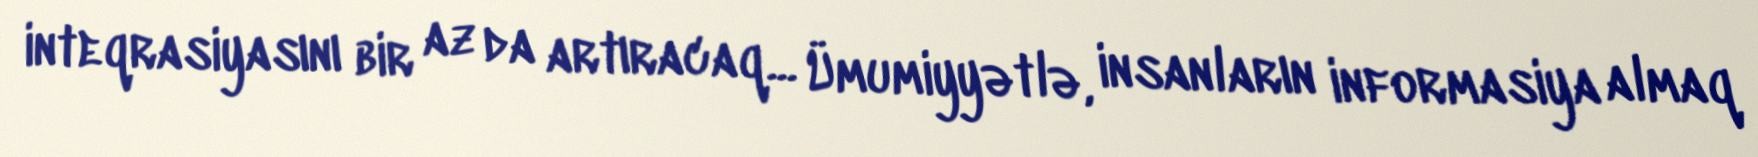
inteqrasiyasını bir az da artıracaq... Ümumiyyətlə, insanların informasiya almaq